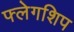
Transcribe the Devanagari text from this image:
फ्लेगशिप